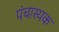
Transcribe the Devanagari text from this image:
पंचास्यक